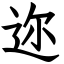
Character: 迩